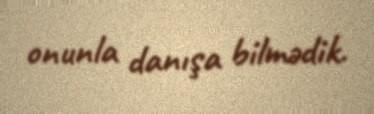
onunla danışa bilmədik.